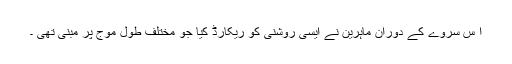
ا س سروے کے دوران ماہرین نے ایسی روشنی کو ریکارڈ کیا جو مختلف طول موج پر مبنی تھی ۔